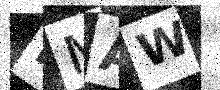
Text: NMAW